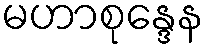
မဟာစုန္ဒေန